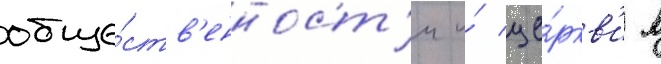
обще́ств'енност'и и́ це́ркв'и в